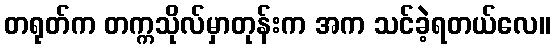
တရုတ်က တက္ကသိုလ်မှာတုန်းက အက သင်ခဲ့ရတယ်လေ။